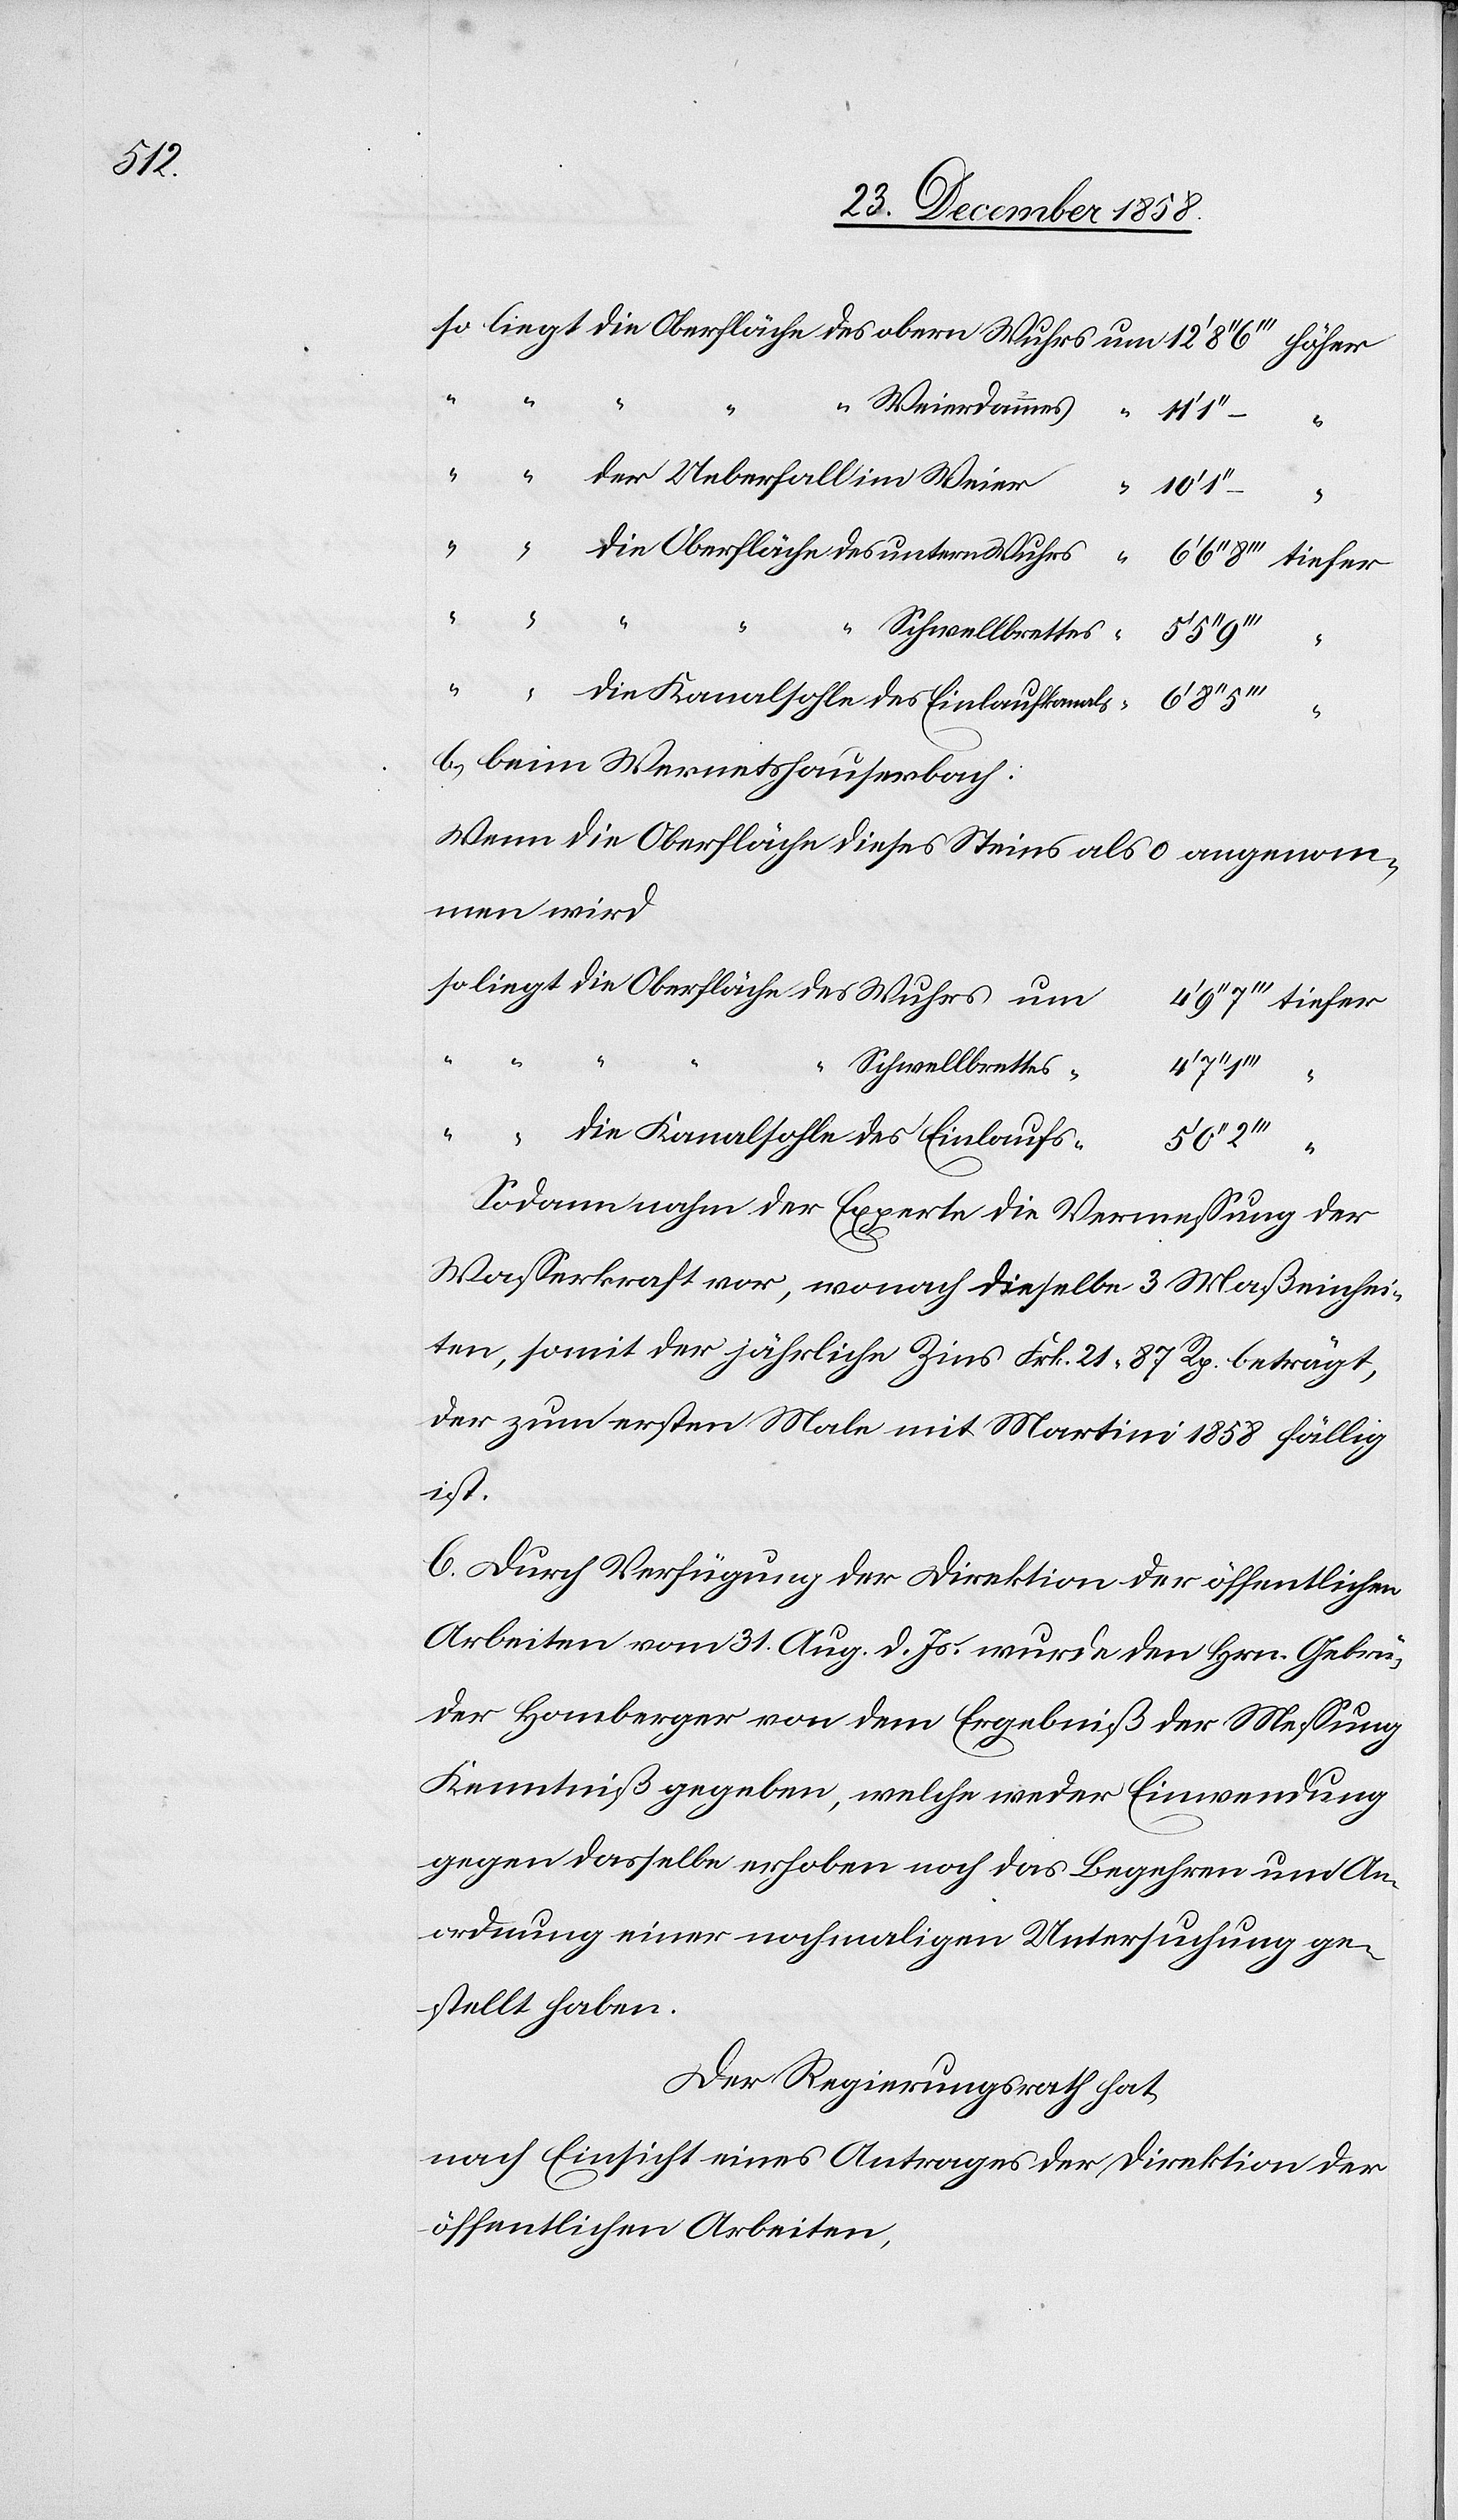
“
“
“ “ der Ueberfall im Weier
anals
b.) beim Wernetshauserbach:
Wenn die Oberfläche dieses Steins als 0 angenom¬
men wird
so liegt die Oberfläche des Wuhrs
des
Schwellbrettes
“
4‘
“ “ “ “ “
Wuhrs
die Kanalsohle des Einlaufs
Sodann nahm der Experte die Vermessung der
Wasserkraft vor, wonach dieselbe 3 Maßeinhei¬
ten, somit der jährliche Zins Frk. 21 87 Rp. beträgt,
der zum ersten Male mit Martini 1858 fällig
ist.
C. Durch Verfügung der Direktion der öffentlichen
Arbeiten vom 31. Aug. d. Js. wurde den Hrn. Gebrü¬
der Homberger von dem Ergebniß der Messung
Kenntniß gegeben, welche weder Einwendung
gegen dasselbe erhoben noch das Begehren um An¬
ordnung einer nochmaligen Untersuchung ge¬
stellt haben.
Der Regierungsrath hat,
nach Einsicht eines Antrages der Direktion der
öffentlichen Arbeiten,